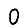
Digit: 0